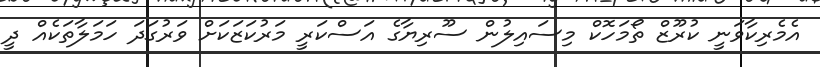
އެމެރިކާވަނީ ކުރޫޒް ތޯމަހޮކް މިސައިލުން ސޫރިޔާގެ އަސްކަރީ މަރުކަޒަކަށް ވަރުގަދަ ހަމަލާތަކެއް ދީ